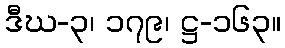
ဒီဃ-၃၊ ၁၇၉၊ ဋ္ဌ-၁၆၃။